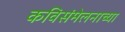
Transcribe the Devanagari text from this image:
कविसंमेलनाच्या